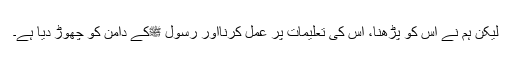
لیکن ہم نے اس کو پڑھنا، اس کی تعلیمات پر عمل کرنااور رسول ﷺکے دامن کو چھوڑ دیا ہے۔